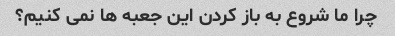
چرا ما شروع به باز کردن این جعبه ها نمی کنیم؟